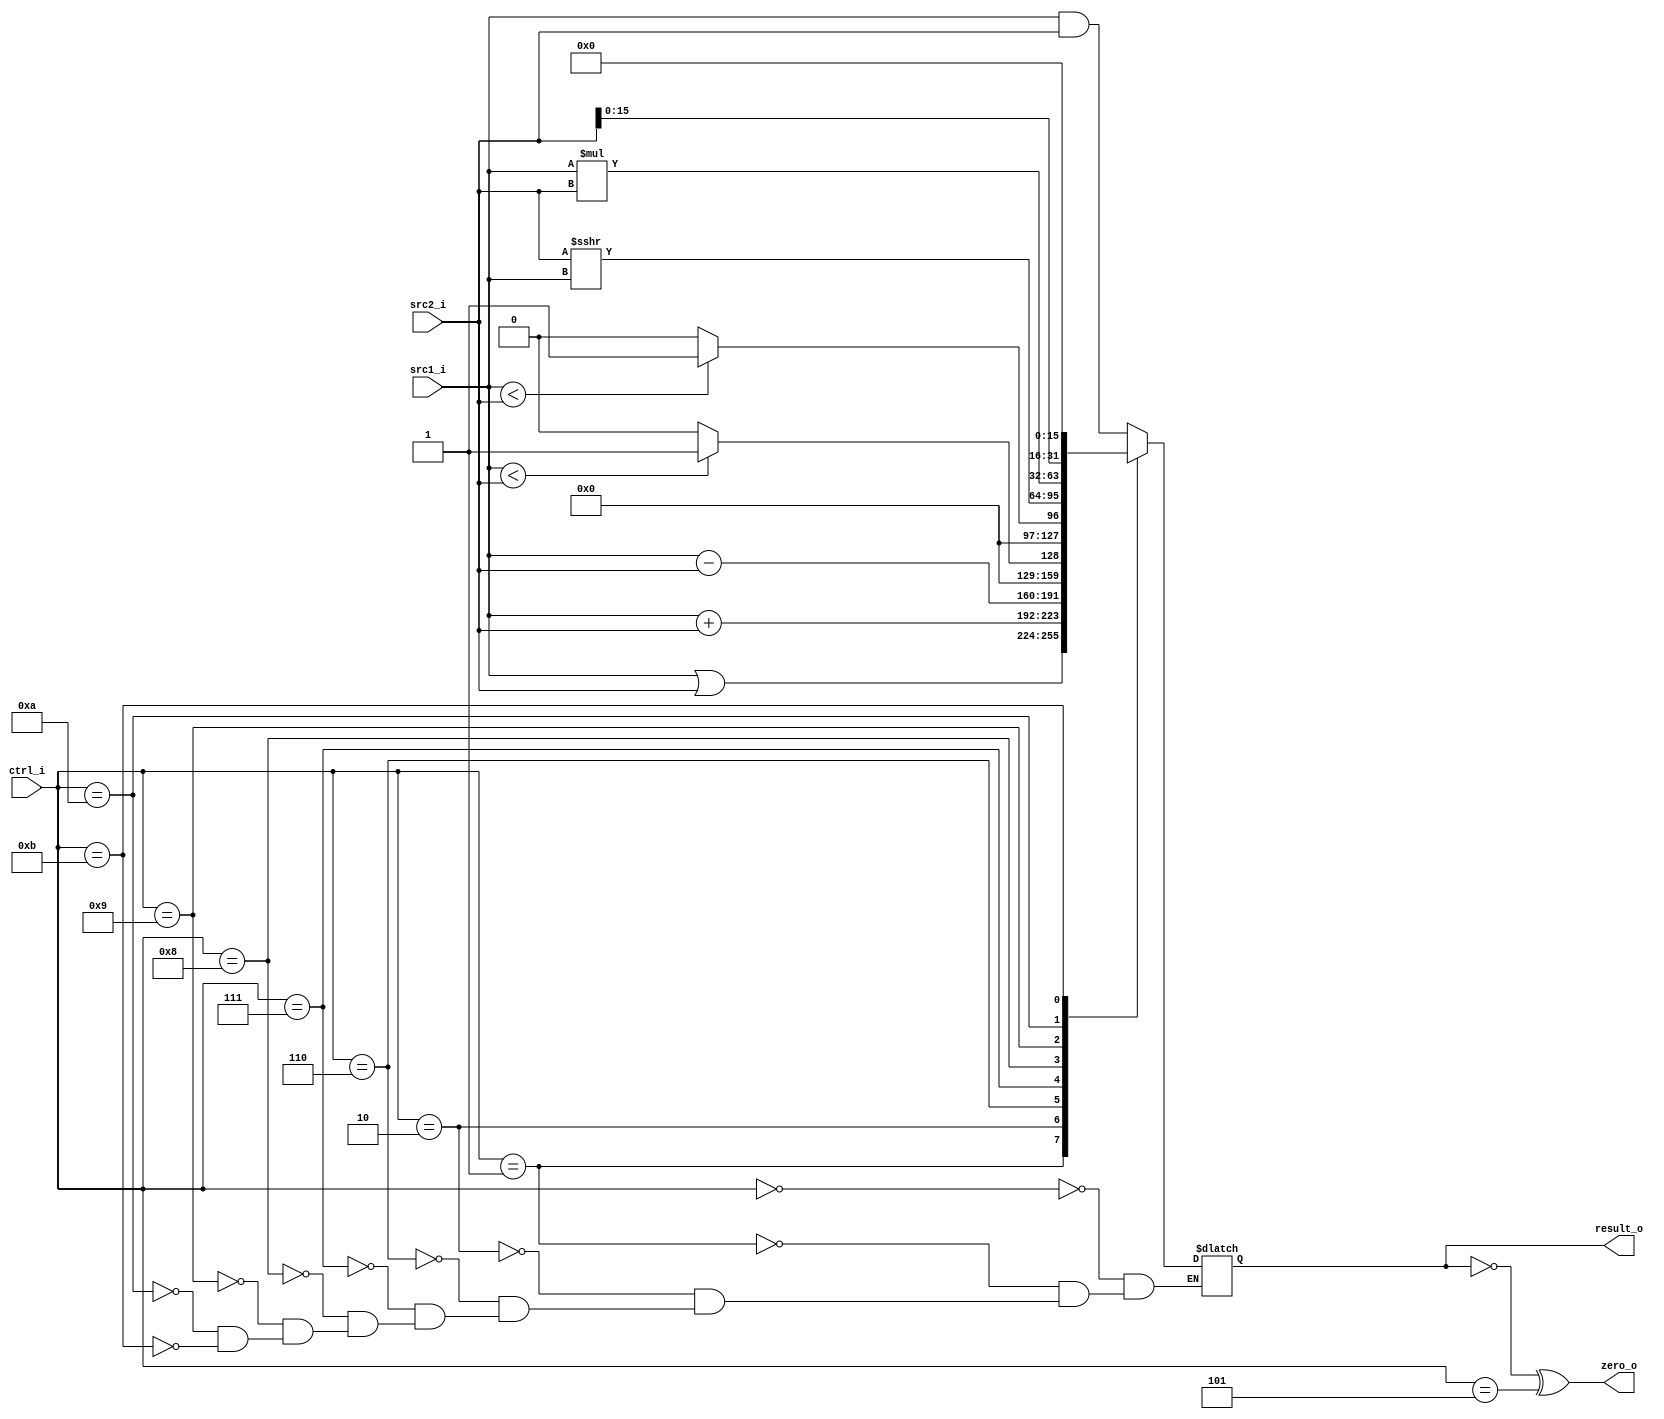
//Subject:     CO project 2 - ALU
//--------------------------------------------------------------------------------
//Version:     1
//--------------------------------------------------------------------------------
//Writer:      
//----------------------------------------------
//Date:        
//----------------------------------------------
//Description: 
//--------------------------------------------------------------------------------

module ALU(
    src1_i,
	src2_i,
	ctrl_i,
	result_o,
	zero_o
	);
     
//I/O ports
input  [32-1:0]  src1_i;
input  [32-1:0]	 src2_i;
input  [4-1:0]   ctrl_i;

output [32-1:0]	 result_o;
output           zero_o;

//Internal signals
reg    [32-1:0]  result_o;
wire             zero_o;

//Parameter
assign zero_o = (result_o == 0) ^ (ctrl_i == 4'b0101);

//Main function
always@(*)
begin
	case(ctrl_i)
		//and
		4'b0000 : result_o = src1_i & src2_i;
		//ori, or
		4'b0001 : result_o = src1_i | src2_i;
		//addu, addi
		4'b0010 : result_o = src1_i + src2_i;
		//subu
		4'b0110 : result_o = src1_i - src2_i;
		//sltiu
		4'b0111 : result_o = (src1_i < src2_i) ? 1 : 0;
		//slt
		4'b1000 : result_o = ($signed(src1_i) < $signed(src2_i)) ? 1 : 0;
		//sra, srav
		4'b1001 : result_o = $signed(src2_i) >>> src1_i;
		//mul
		4'b1010 : result_o = $signed(src1_i) * $signed(src2_i);
		//lui
		4'b1011 : result_o = src2_i << 16;
	endcase
end
endmodule